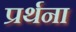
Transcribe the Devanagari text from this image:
प्रर्थना